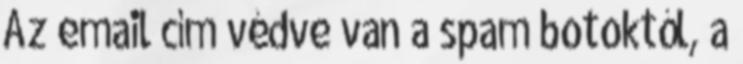
Az email cím védve van a spam botoktól, a